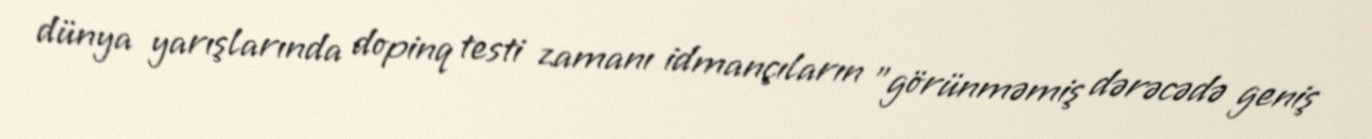
dünya yarışlarında dopinq testi zamanı idmançıların "görünməmiş dərəcədə geniş